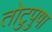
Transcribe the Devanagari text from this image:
तोटुपुषा